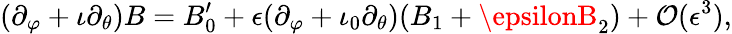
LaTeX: (\partial_{\varphi}+\iota\partial_{\theta})B=B_{0}^{\prime}+\epsilon(\partial_{\varphi}+\iota_{0}\partial_{\theta})(B_{1}+\epsilonB_{2})+\mathcal{O}(\epsilon^{3}),